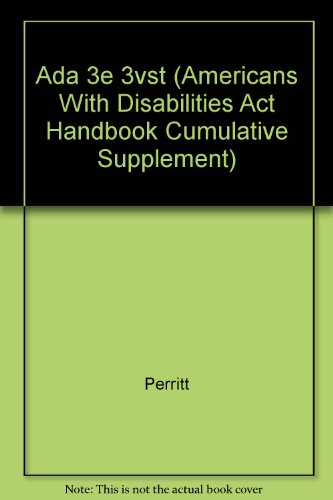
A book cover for Americans With Disabilities Act Handbook: Volumes 1-3 : 1998 Supplement No. 1 Current Through August 1997 (Americans With Disabilities Act Handbook Cumulative Supplement); Henry H. Perritt; Law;